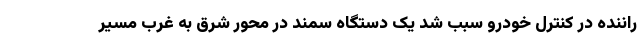
راننده در کنترل خودرو سبب شد یک دستگاه سمند در محور شرق به غرب مسیر